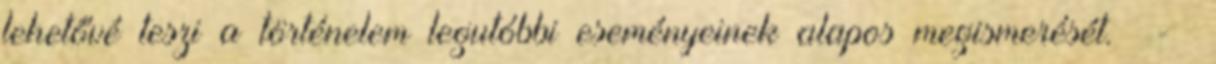
lehetővé teszi a történelem legutóbbi eseményeinek alapos megismerését. -